Indian journal of veterinary science and animal husbandry - Volume 13,
Year: 1943
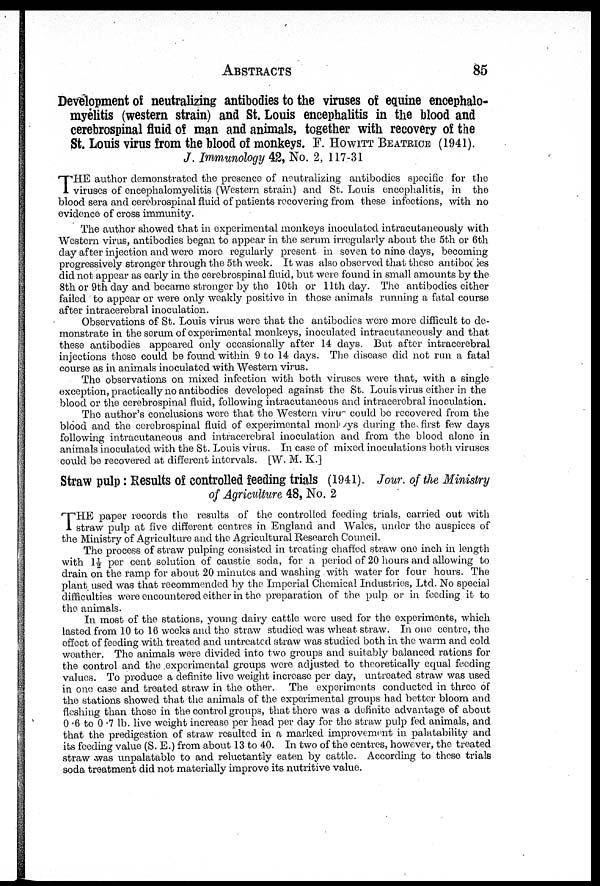
ABSTRACTS
85
Development of neutralizing antibodies to the viruses of equine encephalo-
myelitis (western strain) and St. Louis encephalitis in the blood and
cerebrospinal fluid of man and animals, together with recovery of the
St. Louis virus from the blood of monkeys. F. HOWITT BEATRICE (1941).
J. Immunology 42, No. 2, 117-31
T HE author demonstrated the presence of neutralizing antibodies specific for the
viruses of encephalomyelitis (Western strain) and St. Louis encephalitis, in the
blood sera and cerebrospinal fluid of patients recovering from these infections, with no
evidence of cross immunity.
The author showed that in experimental monkeys inoculated intracutaneously with
Western virus, antibodies began to appear in the serum irregularly about the 5th or 6th
day after injection and were more regularly present in seven to nine days, becoming
progressively stronger through the 5th week. It was also observed that these antibodies
did not appear as early in the cerebrospinal fluid, but were found in small amounts by the
8th or 9th day and became stronger by the 10th or 11th day. The antibodies either
failed to appear or were only weakly positive in those animals running a fatal course
after intracerebral inoculation.
Observations of St. Louis virus were that the antibodies were more difficult to de-
monstrate in the serum of experimental monkeys, inoculated intracutaneously and that
these antibodies appeared only occasionally after 14 days. But after intracerebral
injections these could be found within 9 to 14 days. The disease did not run a fatal
course as in animals inoculated with Western virus.
The observations on mixed infection with both viruses were that, with a single
exception, practically no antibodies developed against the St. Louis virus either in the
blood or the cerebrospinal fluid, following intracutaneous and intracerebral inoculation.
The author's conclusions were that the Western virus could be recovered from the
blood and the cerebrospinal fluid of experimental monkeys during the first few days
following intracutaneous and intracerebral inoculation and from the blood alone in
animals inoculated with the St. Louis virus. In case of mixed inoculations both viruses
could be recovered at different intervals. [W. M. K.]
Straw pulp: Results of controlled feeding trials (1941). Jour. of the Ministry
of Agriculture 48, No. 2
T HE paper records the results of the controlled feeding trials, carried out with
straw pulp at five different centres in England and Wales, under the auspices of
the Ministry of Agriculture and the Agricultural Research Council.
The process of straw pulping consisted in treating chaffed straw one inch in length
with 1½ per cent solution of caustic soda, for a period of 20 hours and allowing to
drain on the ramp for about 20 minutes and washing with water for four hours. The
plant used was that recommended by the Imperial Chemical Industries, Ltd. No special
difficulties were encountered either in the preparation of the pulp or in feeding it to
the animals.
In most of the stations, young dairy cattle were used for the experiments, which
lasted from 10 to 16 weeks and the straw studied was wheat straw. In one centre, the
effect of feeding with treated and untreated straw was studied both in the warm and cold
weather. The animals were divided into two groups and suitably balanced rations for
the control and the experimental groups were adjusted to theoretically equal feeding
values. To produce a definite live weight increase per day, untreated straw was used
in one case and treated straw in the other. The experiments conducted in three of
the stations showed that the animals of the experimental groups had better bloom and
fleshing than those in the control groups, that there was a definite advantage of about
0.6 to 0.7 lb. live weight increase per head per day for the straw pulp fed animals, and
that the predigestion of straw resulted in a marked improvement in palatability and
its feeding value (S. E.) from about 13 to 40. In two of the centres, however, the treated
straw was unpalatable to and reluctantly eaten by cattle. According to these trials
soda treatment did not materially improve its nutritive value.